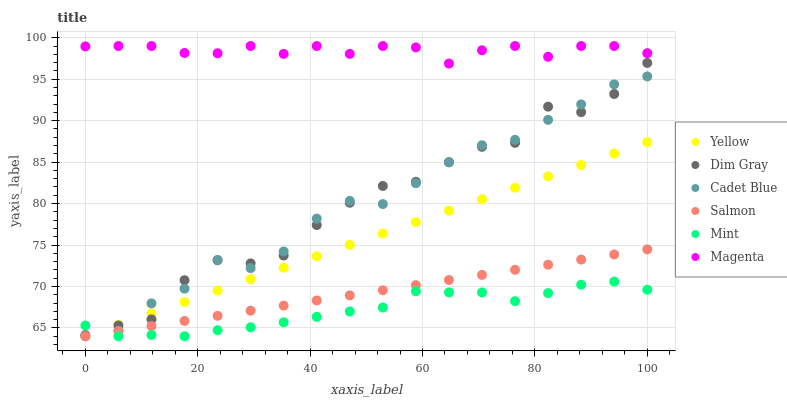
| xaxis_label | Yellow | Dim Gray | Cadet Blue | Salmon | Mint | Magenta |
 | --- | --- | --- | --- | --- | --- | --- |
 | 0 | 64 | 64.1 | 64 | 64 | 65.3 | 99 |
 | 5.88 | 65.4 | 65.3 | 64.7 | 64.6 | 64 | 99 |
 | 11.8 | 66.8 | 66 | 68 | 65.2 | 64.2 | 99 |
 | 17.6 | 68.1 | 70.8 | 69.7 | 65.8 | 64 | 98.2 |
 | 23.5 | 69.5 | 73.2 | 73.2 | 66.5 | 64.7 | 98.1 |
 | 29.4 | 70.9 | 72.8 | 72.2 | 67.1 | 65.1 | 99 |
 | 35.3 | 72.3 | 73.7 | 74.2 | 67.7 | 65.7 | 98.1 |
 | 41.2 | 73.6 | 77.4 | 78.2 | 68.3 | 66.3 | 99 |
 | 47.1 | 75 | 80.1 | 80.3 | 68.9 | 67 | 98.1 |
 | 52.9 | 76.4 | 82.1 | 79.9 | 69.5 | 67.5 | 99 |
 | 58.8 | 77.8 | 82.6 | 82.5 | 70.2 | 69.4 | 98.8 |
 | 64.7 | 79.2 | 85 | 85 | 70.8 | 69.3 | 96.9 |
 | 70.6 | 80.5 | 86.8 | 87 | 71.4 | 69.3 | 98.5 |
 | 76.5 | 81.9 | 87.3 | 87.7 | 72 | 68.2 | 99 |
 | 82.4 | 83.3 | 91.7 | 90.1 | 72.6 | 69.2 | 97.7 |
 | 88.2 | 84.7 | 91 | 92 | 73.2 | 70.2 | 99 |
 | 94.1 | 86 | 93.2 | 94.4 | 73.9 | 70.6 | 99 |
 | 100 | 87.4 | 97 | 95.3 | 74.5 | 69.6 | 98.1 |